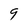
Character: 9